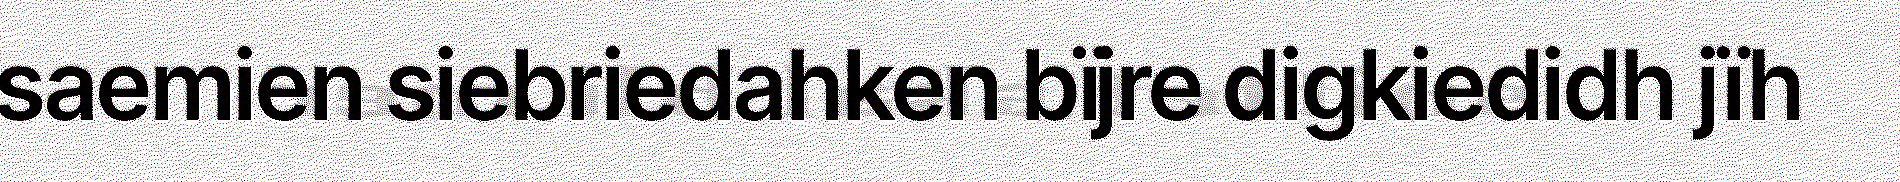
saemien siebriedahken bïjre digkiedidh jïh